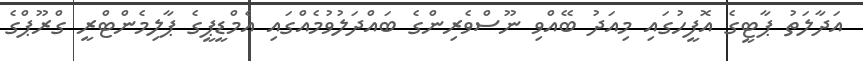
އަދާލަތު ޕާޓީގެ އޮފީހުގައި މިއަދު ބޭއްވި ނޫސްވެރިންގެ ބައްދަލުވުމެއްގައި އެމްޑީޕީގެ ޕާލިމެންޓްރީ ގްރޫޕްގެ